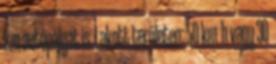
km autópályát is. Lakott területen: 50 km h vagy 30